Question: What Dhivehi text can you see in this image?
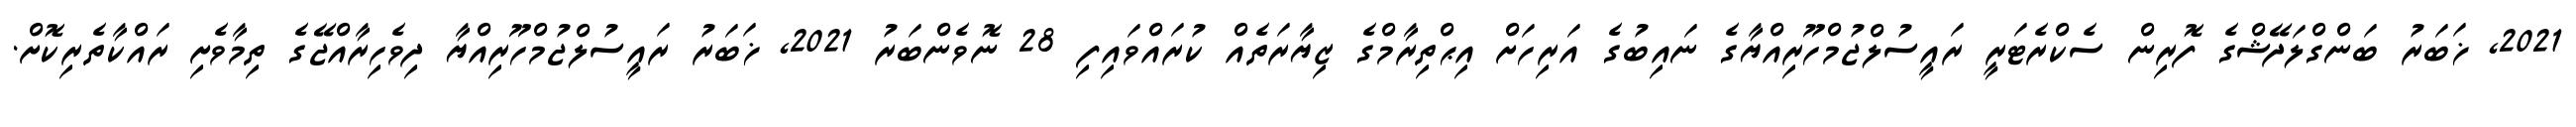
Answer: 2021, ޚަބަރު ބަންގްލަދޭޝްގެ ފޮރިން ސެކްރެޓަރީ ރައީސުލްޖުމްހޫރިއްޔާގެ ނައިބުގެ އަރިހަށް އިޙްތިރާމްގެ ޒިޔާރަތެއް ކުރައްވައިފި 28 ނޮވެންބަރު 2021, ޚަބަރު ރައީސުލްޖުމްހޫރިއްޔާ ދިވެހިރާއްޖޭގެ ތިމާވެށި ރައްކާތެރިކޮށް.